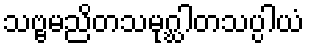
သဗ္ဗမညိတသမုဂ္ဃါတသပ္ပါယံ